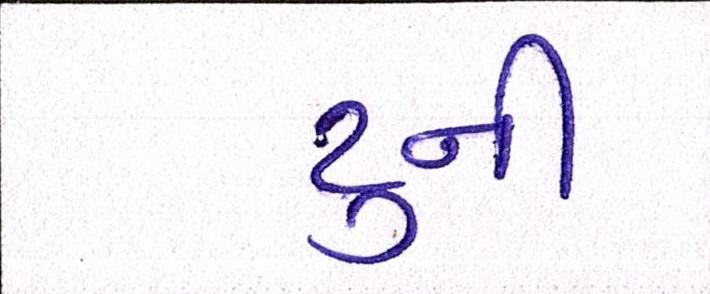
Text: ટુની